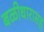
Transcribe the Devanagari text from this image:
बळीधारासह